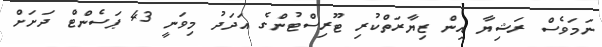
ނަމަވެސް ރަޝިޔާ އިން ޒިޔާރަތްކުރި ޓޫރިސްޓުންގެ އަދަދު މިވަނީ 43 ޕަސެންޓް ދަށަށް